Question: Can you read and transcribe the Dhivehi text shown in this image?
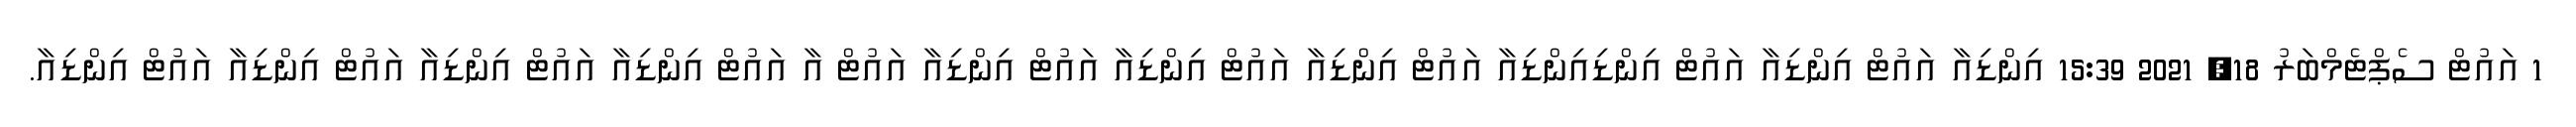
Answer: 1 އައުޓް ސެޕްޓެމްބަރު 18, 2021 15:39 އިންޑިއާ އައުޓް އިންޑިއާ އައުޓް އިންޑިއިންޑިއާ އައުޓް އިންޑިއާ އައުޓް އިންޑިއާ އައުޓް އިންޑިއާ އައުޓް އާ އައުޓް އިންޑިއާ އައުޓް އިންޑިއާ އައުޓް އިންޑިއާ އައުޓް އިންޑިއާ.